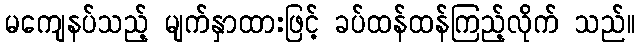
မကျေနပ်သည့် မျက်နှာထားဖြင့် ခပ်ထန်ထန်ကြည့်လိုက် သည်။